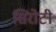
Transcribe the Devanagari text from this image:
सिरोटी